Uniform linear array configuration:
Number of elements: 48
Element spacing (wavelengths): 0.25
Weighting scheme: uniform
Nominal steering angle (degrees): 45
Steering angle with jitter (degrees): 46.649
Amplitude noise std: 0.05
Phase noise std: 0.05

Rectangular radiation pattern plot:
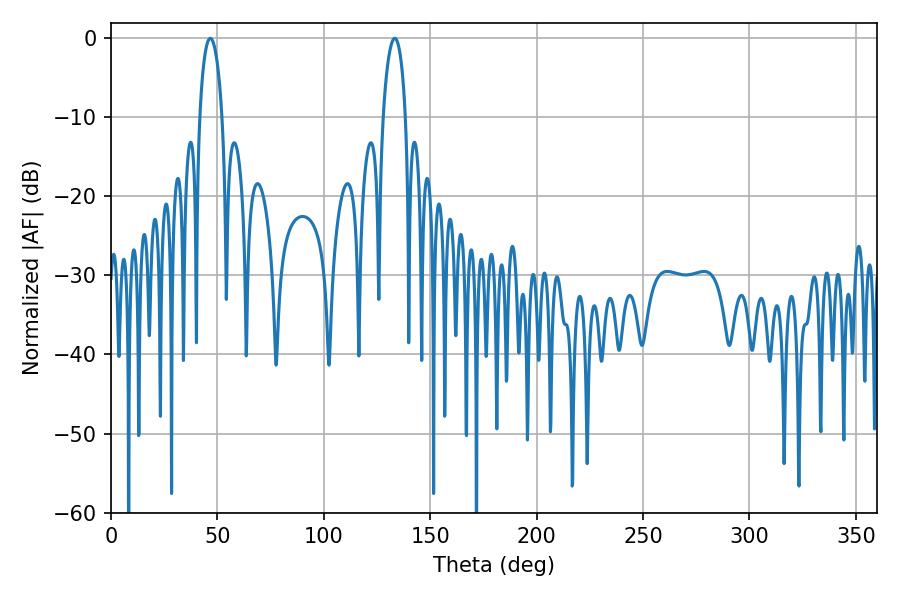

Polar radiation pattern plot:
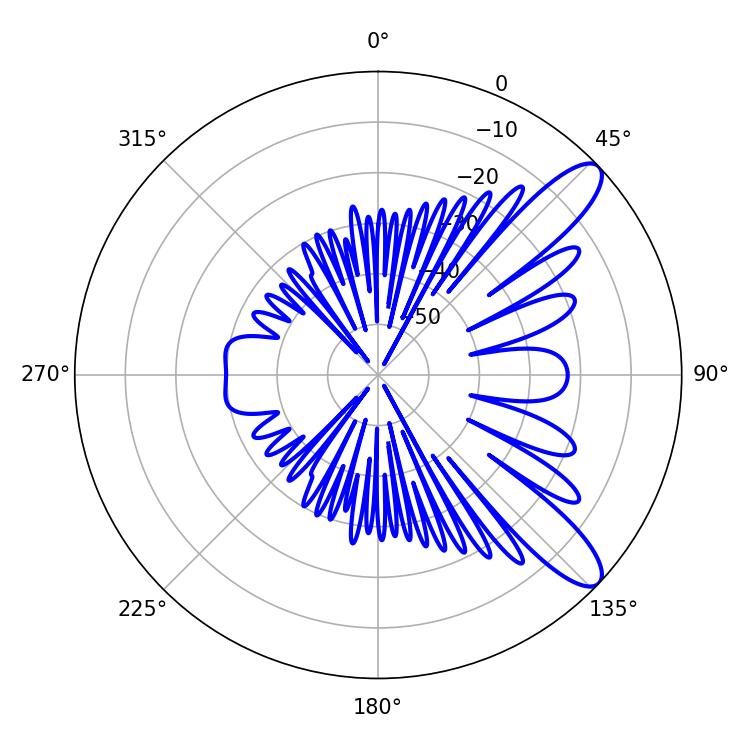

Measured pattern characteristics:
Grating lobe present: FALSE
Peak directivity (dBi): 10.568
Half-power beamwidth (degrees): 5.94
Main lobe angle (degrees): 46.62